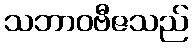
သဘာဝဗီဇသည်